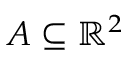
A \subseteq \mathbb { R } ^ { 2 }